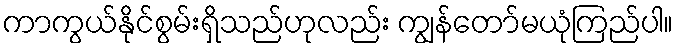
ကာကွယ်နိုင်စွမ်းရှိသည်ဟုလည်း ကျွန်တော်မယုံကြည်ပါ။